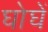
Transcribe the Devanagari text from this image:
घोघें